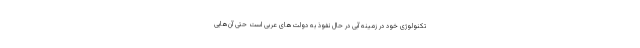
تکنولوژی خود در زمینه آبی در حال نفوذ به دولت‌های عربی است حتی آن‌هایی